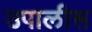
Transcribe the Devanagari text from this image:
उपालीस